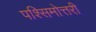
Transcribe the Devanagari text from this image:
पश्सिमोत्तरी